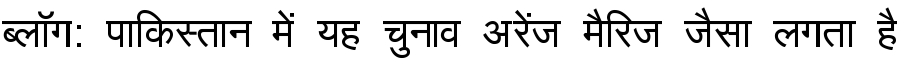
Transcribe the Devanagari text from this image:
ब्लॉग: पाकिस्तान में यह चुनाव अरेंज मैरिज जैसा लगता है